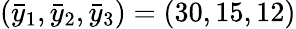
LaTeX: (\bar{y}_{1},\bar{y}_{2},\bar{y}_{3})=(30,15,12)